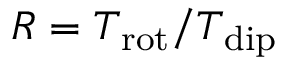
R = T _ { \mathrm { r o t } } / T _ { \mathrm { d i p } }